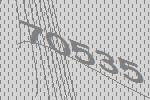
70535